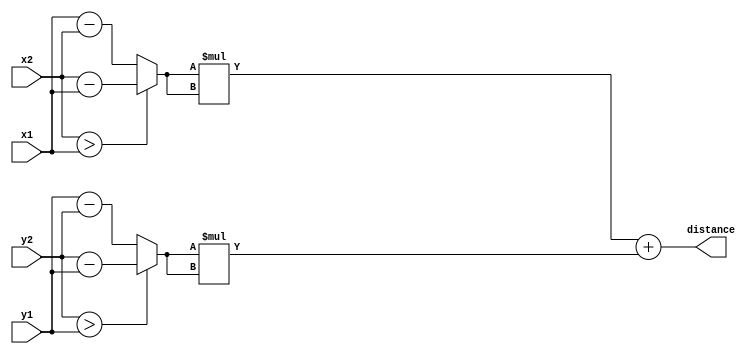
`timescale 1ns / 1ps
//////////////////////////////////////////////////////////////////////////////////
// Company: 
// 
// Design Name: 
// Module Name: compute_distance
// Project Name: 
// Description: 
// Given the coordinates of two points, compute the distance.
//////////////////////////////////////////////////////////////////////////////////


module compute_distance(input [6:0] x1, y1, x2, y2, output reg [13:0] distance);
    reg [6:0] dx, dy;
    always @ (*) begin
        dx = (x2 > x1) ? x2 - x1 : x1 - x2;
        dy = (y2 > y1) ? y2 - y1 : y1 - y2;
        distance = dx * dx + dy * dy;
    end
endmodule